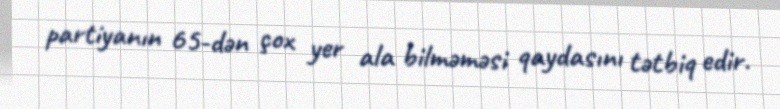
partiyanın 65-dən çox yer ala bilməməsi qaydasını tətbiq edir.